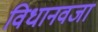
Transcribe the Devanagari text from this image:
विधानवजा